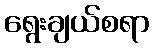
ရွေးချယ်စရာ